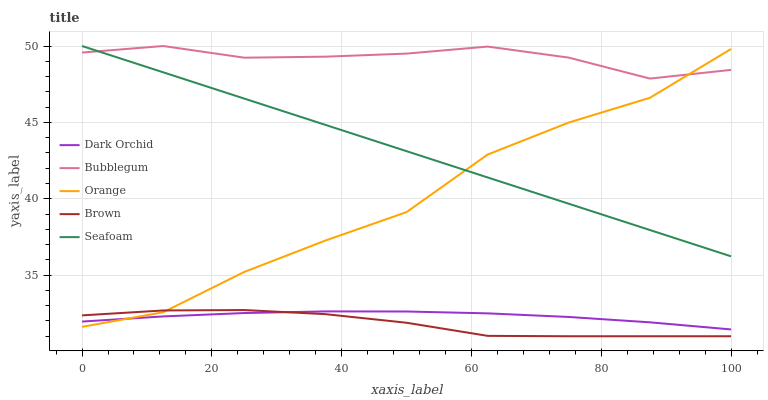
| xaxis_label | Dark Orchid | Bubblegum | Orange | Brown | Seafoam |
 | --- | --- | --- | --- | --- | --- |
 | 0 | 32 | 49.6 | 31.6 | 32.4 | 50 |
 | 12.5 | 32.3 | 50 | 32.6 | 32.7 | 48.3 |
 | 25 | 32.5 | 49.2 | 35.2 | 32.7 | 46.6 |
 | 37.5 | 32.6 | 49.3 | 37.3 | 32.4 | 44.8 |
 | 50 | 32.6 | 49.5 | 39.1 | 31.9 | 43.1 |
 | 62.5 | 32.5 | 50 | 42.9 | 31 | 41.4 |
 | 75 | 32.3 | 49.2 | 45 | 31 | 39.7 |
 | 87.5 | 31.9 | 47.9 | 46.6 | 31 | 38 |
 | 100 | 31.4 | 48.4 | 49.8 | 31 | 36.2 |